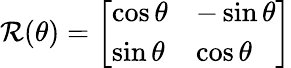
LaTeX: \mathcal{R}(\theta)={\left[\begin{array}{ll}{\cos\theta}&{-\sin\theta}\\ {\sin\theta}&{\cos\theta}\end{array}\right]}